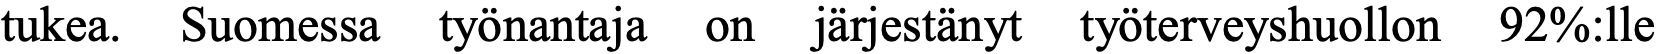
tukea. Suomessa työnantaja on järjestänyt työterveyshuollon 92%:lle